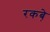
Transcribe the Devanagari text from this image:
रकबे़